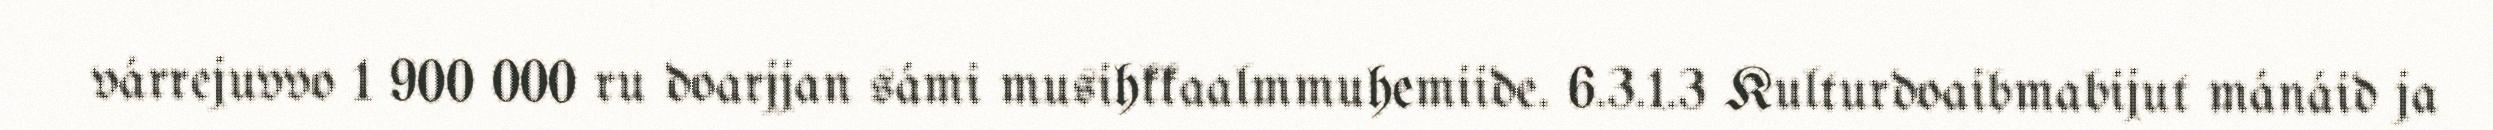
várrejuvvo 1 900 000 ru doarjjan sámi musihkkaalmmuhemiide. 6.3.1.3 Kulturdoaibmabijut mánáid ja